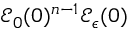
\mathcal { E } _ { 0 } ( 0 ) ^ { n - 1 } \mathcal { E } _ { \epsilon } ( 0 )